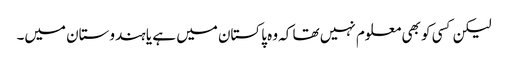
لیکن کسی کو بھی معلوم نہیں تھا کہ وہ پاکستان میں ہے یا ہندوستان میں۔